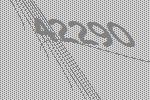
42290